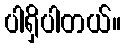
ပါရှိပါတယ်။